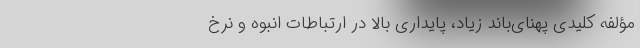
مؤلفه کلیدی پهنای‌باند زیاد،‌ پایداری بالا در ارتباطات انبوه و نرخ